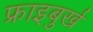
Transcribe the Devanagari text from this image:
फ्राइबुर्ख